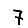
Digit: 7